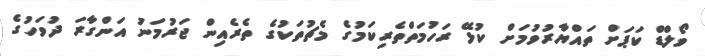
ވޯލްޑް ކަޕަށް ތައްޔާރުވުމަށް ކުޅޭ ރަހުމަތްތެރިކަމުގެ މެޗުތަކުގެ ތެރެއިން ޖަރުމަނު އަންގާރަ ދުވަހުގެ